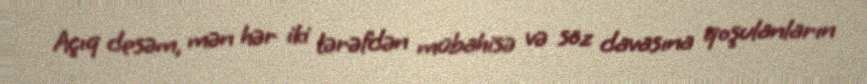
Açıq desəm, mən hər iki tərəfdən mübahisə və söz davasına qoşulanların